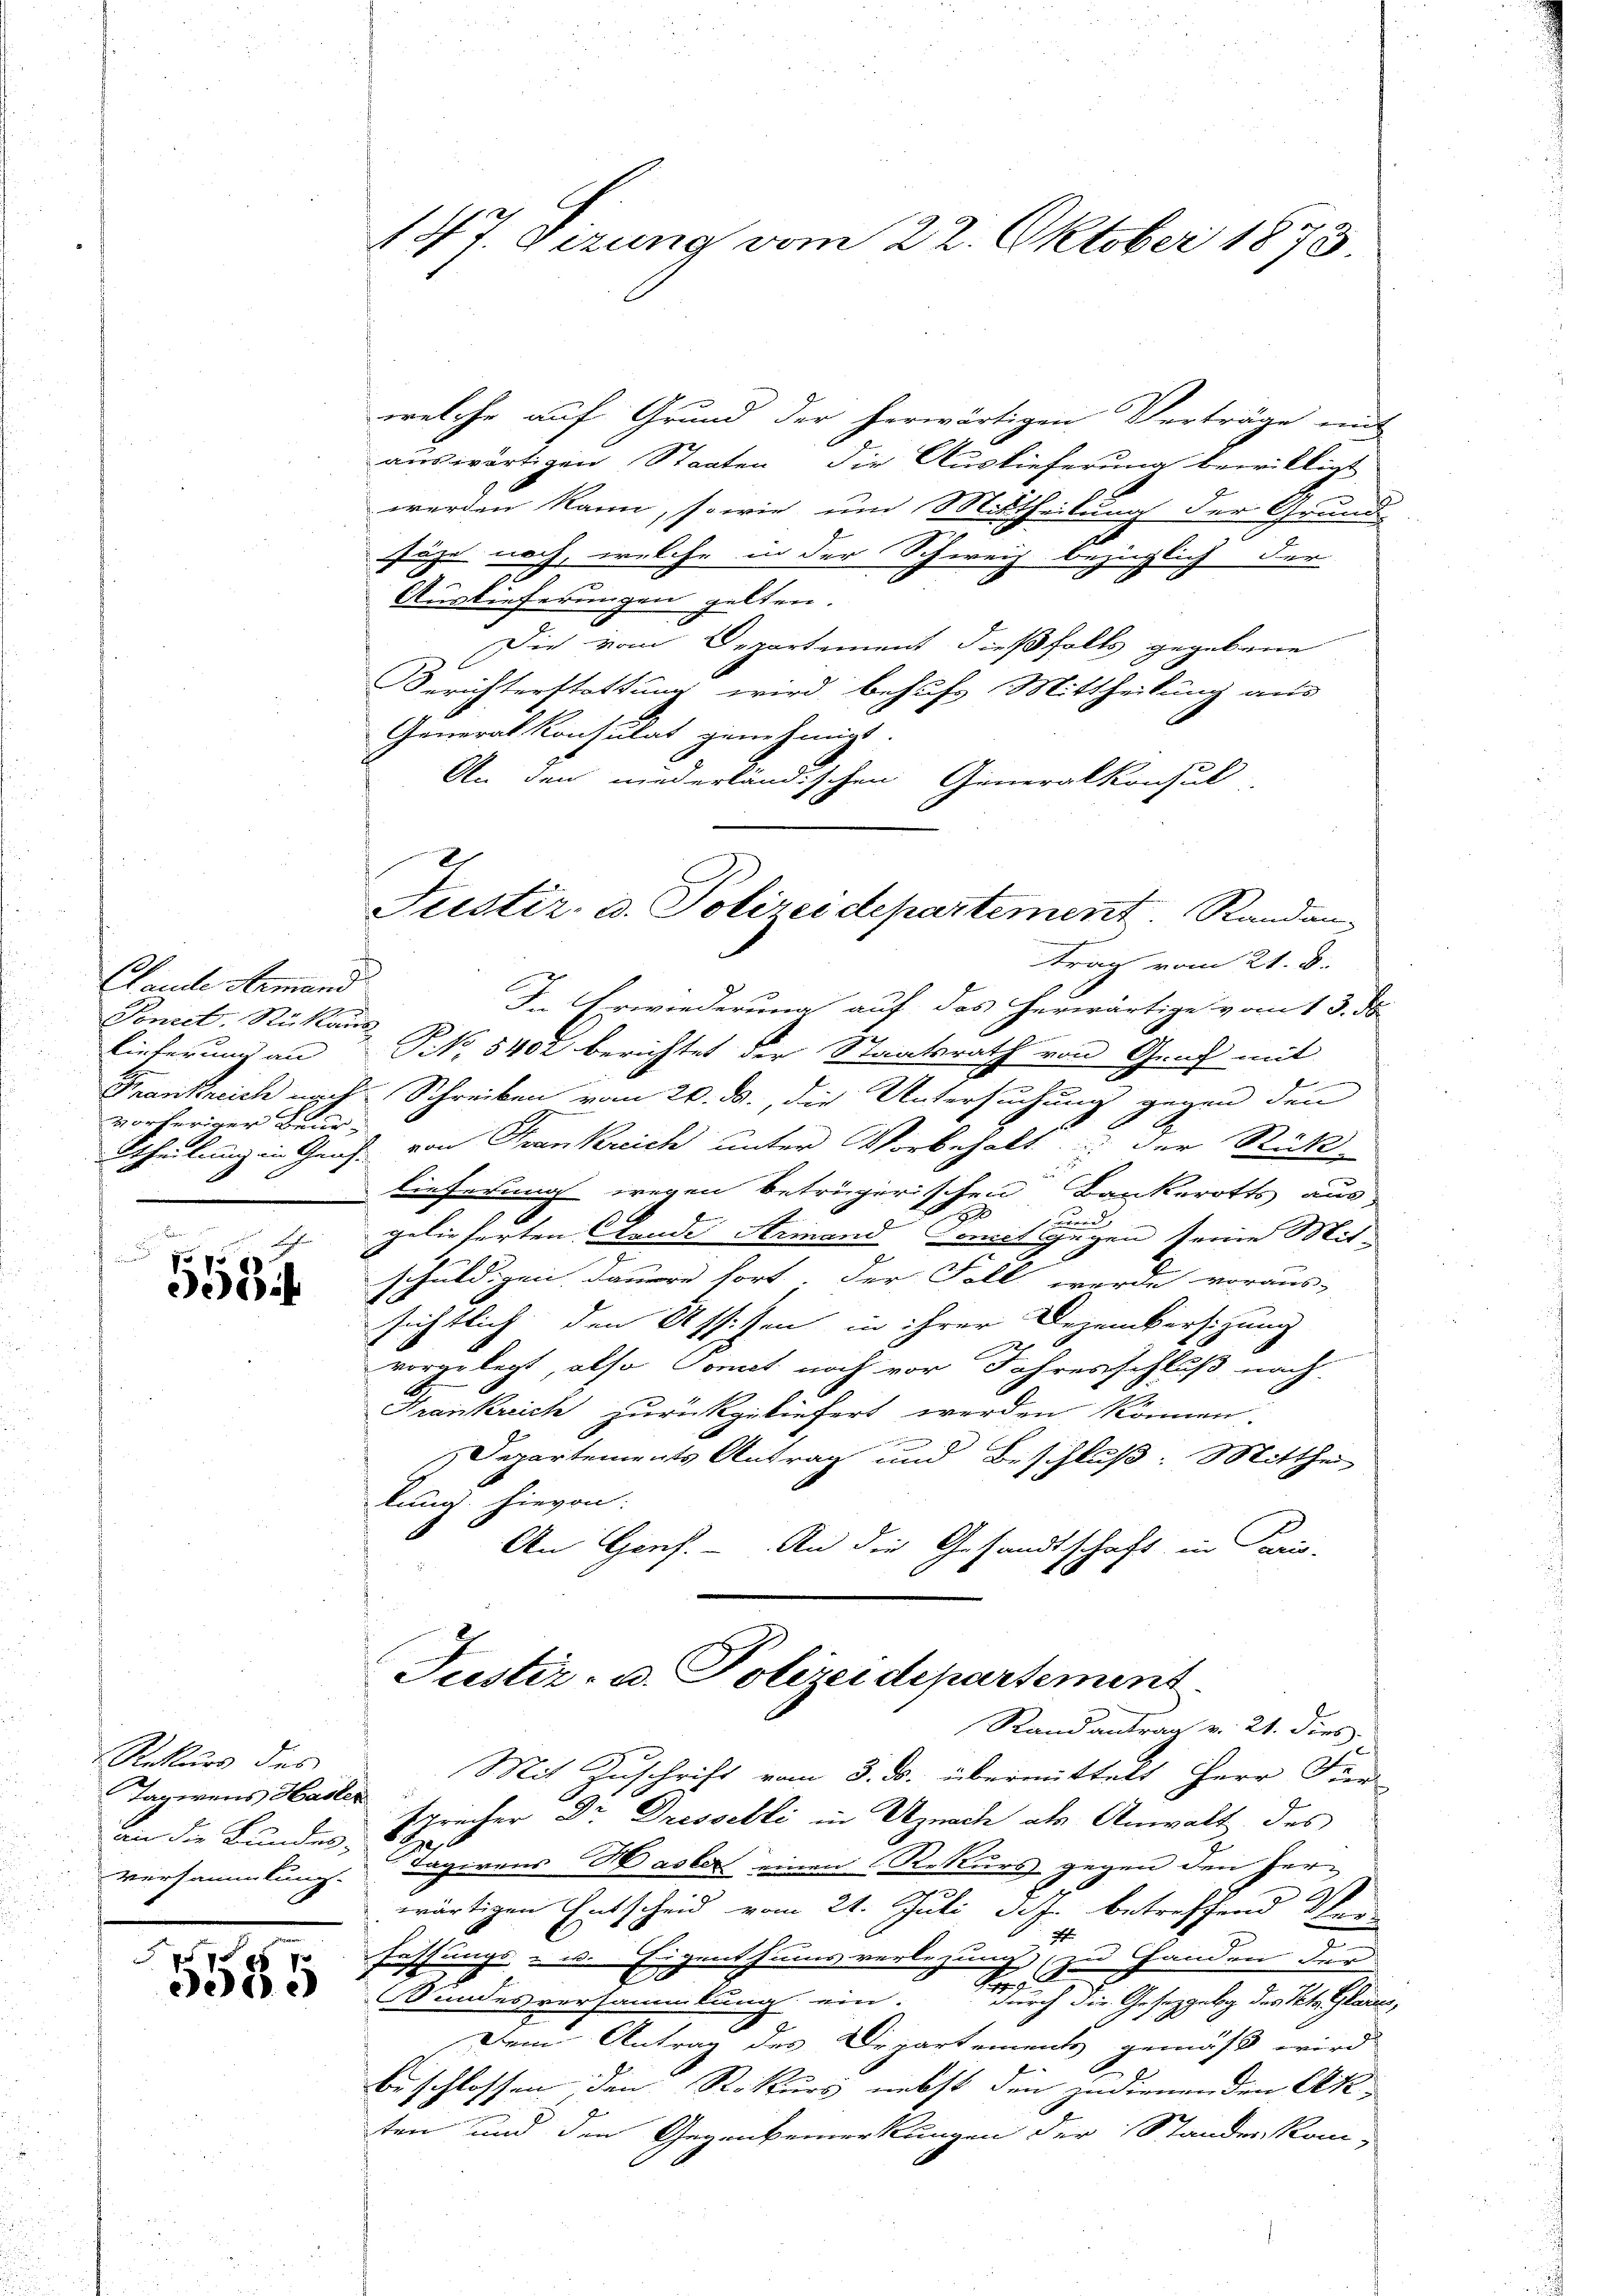
1
Hande Armand
Vonect. Rükan
Lieferung an
Krankreich nach
vorheriger Beur-
Theilung in Graz.

Fr
2
,
35

Rekurs des
an die Bundes-
Versammlung.

x
3555

147. Sizung vom 22. Oktober 1873.

welche auf Grund der herwärtigen Verträge mit
auswärtigen Staaten die Auslieferung bewilligt
werden kann, sowie und Mittheilung der Grund-
füge noch, welche in der Schweiz bezüglich der
Auslieferungen gelten.
 Die vom Departement dießfalls gegebene
Berichterstattung wird behufs Mittheilung aus
Generalkonsulat genehmigt
An den niederländischen Generalkonsul
J. Erwiederung auf das herwärtige vom 13. ds.
 PNNo. 8402 berichtet der Staatsrath von Graf mit
2 Schreiben vom 20. ds., die Untersuchung gegen den
d von Frankreich unter Vorbehalt der Rück
lieferung wegen betrügerischen Bankerotts aus-
20
F
gelieferten Aende Armand somit gegen seine Mit-
schuldigen dauere fort. Der Fall werde voraus-
sichtlich den Assisen in ihrer Decembersizung
2
vorgelegt, also Comit noch vor Jahresschluß nach
Frankreich zurückgeliefert werden können.

Departements Antrag und Beschluß: Mitthei
lung. Hievon:
.
An Genf. - An die Gesandtschaft in Paris-
Justiz- u. Polizeidepartement
Rand antrag v. 21. dies
Mit Zuschrift vom 3. ds. übermittelt Herr Fen
Tagerens Hasler sprecher Dr. Dresselli in Uznach als Anwalt des
E
Tagirens Hasler einen Rekurs gegen den Herwärtigen Entscheid vom 21. Juli d.J. betreffend Ver
4
r
schungs- u. Eigenthums verlegung zu Handen der
.
.
Sandesversammlung ein. durch die Gesetzgebg des Kts. Glaser
Dem Antrag des Departements gemäß wird
beschlossen den Rekurs nebst den jedienenden Ak
ten und den Gegenbemerkungen der Standen kan-

2
Justiz- u. Polizeidepartement. Randan-
trag vom 21. d.